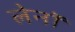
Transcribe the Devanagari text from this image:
लेनॉ